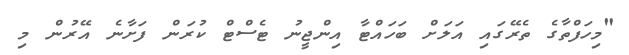
"މިހަފްތާގެ ތެރޭގައި އަލަށް ބަހައްޓާ އިންޖީނު ޓެސްޓް ކުރަން ފަށާނެ އޭރުން މި